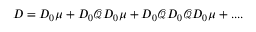
D = D _ { 0 } \mu + D _ { 0 } { \mathcal Q } D _ { 0 } \mu + D _ { 0 } { \mathcal Q } D _ { 0 } { \mathcal Q } D _ { 0 } \mu + . . . .